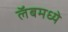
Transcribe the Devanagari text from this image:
लॅबमध्ये